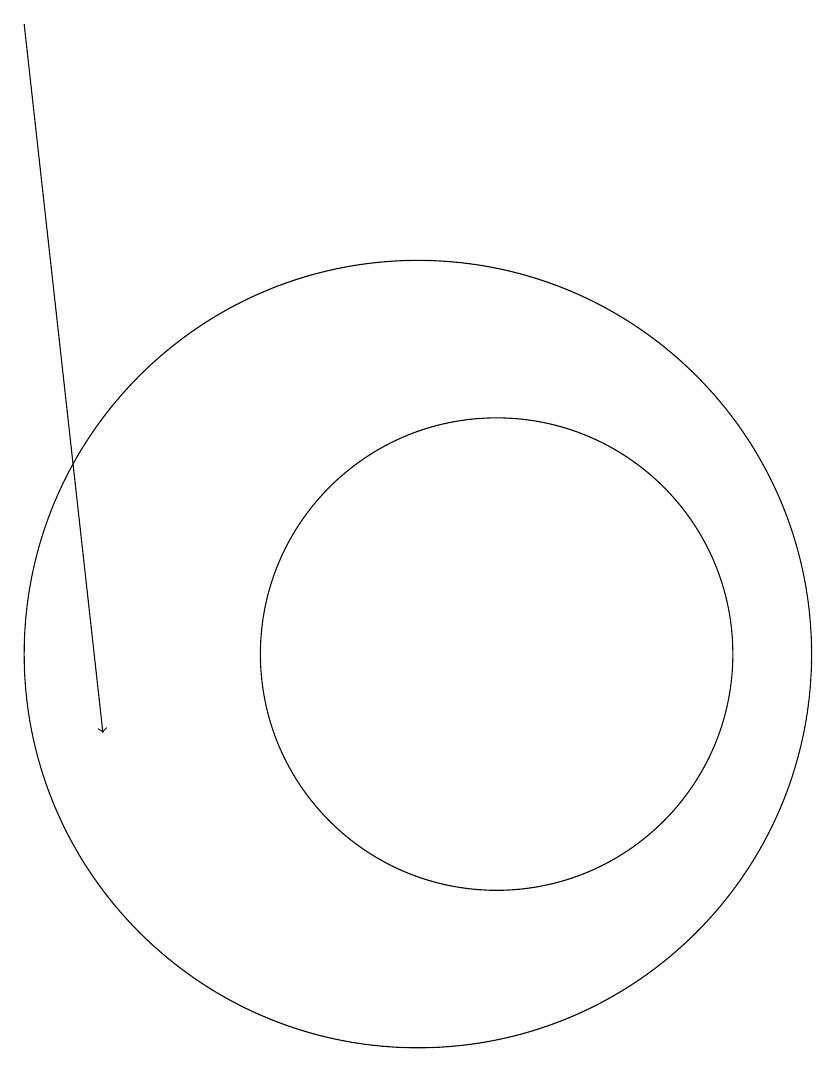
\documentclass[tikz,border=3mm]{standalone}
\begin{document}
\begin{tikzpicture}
\draw (11,12) circle (0);
\draw[->] (6,19) -- (7,10);
\draw (12,11) circle (3);
\draw (11,11) circle (5);
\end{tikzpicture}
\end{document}